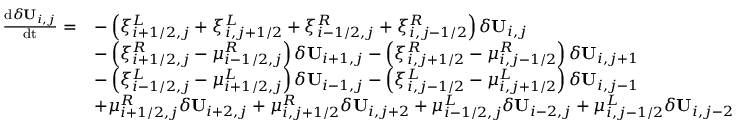
\begin{array} { r l } { \frac { \mathrm { d } \delta \mathbf { U } _ { i , j } } { \mathrm { d t } } = } & { - \left( \xi _ { i + 1 / 2 , j } ^ { L } + \xi _ { i , j + 1 / 2 } ^ { L } + \xi _ { i - 1 / 2 , j } ^ { R } + \xi _ { i , j - 1 / 2 } ^ { R } \right) \delta \mathbf { U } _ { i , j } } \\ & { - \left( \xi _ { i + 1 / 2 , j } ^ { R } - \mu _ { i - 1 / 2 , j } ^ { R } \right) \delta \mathbf { U } _ { i + 1 , j } - \left( \xi _ { i , j + 1 / 2 } ^ { R } - \mu _ { i , j - 1 / 2 } ^ { R } \right) \delta \mathbf { U } _ { i , j + 1 } } \\ & { - \left( \xi _ { i - 1 / 2 , j } ^ { L } - \mu _ { i + 1 / 2 , j } ^ { L } \right) \delta \mathbf { U } _ { i - 1 , j } - \left( \xi _ { i , j - 1 / 2 } ^ { L } - \mu _ { i , j + 1 / 2 } ^ { L } \right) \delta \mathbf { U } _ { i , j - 1 } } \\ & { + \mu _ { i + 1 / 2 , j } ^ { R } \delta \mathbf { U } _ { i + 2 , j } + \mu _ { i , j + 1 / 2 } ^ { R } \delta \mathbf { U } _ { i , j + 2 } + \mu _ { i - 1 / 2 , j } ^ { L } \delta \mathbf { U } _ { i - 2 , j } + \mu _ { i , j - 1 / 2 } ^ { L } \delta \mathbf { U } _ { i , j - 2 } } \end{array}